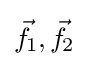
{\vec {f}}\!_{1},{\vec {f}}\!_{2}